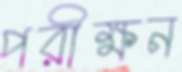
পরীক্ষন